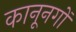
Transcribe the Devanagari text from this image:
कानूनगों